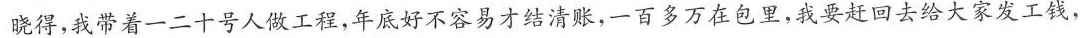
晓得，我带着一二十号人做工程，年底好不容易才结清账，一百多万在包里，我要赶回去给大家发工钱，